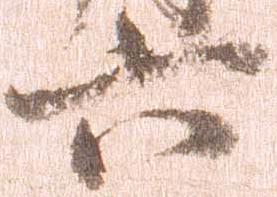
六